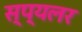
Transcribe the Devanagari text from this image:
स्प्यलर